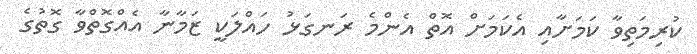
ކުރިމަތިވާ ކަމަށާއި އެކަމަށް އޮތް އެންމެ ރަނގަޅު ހައްލަކީ ޒަމާނާ އެއްގޮތްވާ ގޮތުގެ